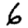
Digit: 6